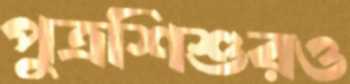
পুত্রশিশুরও